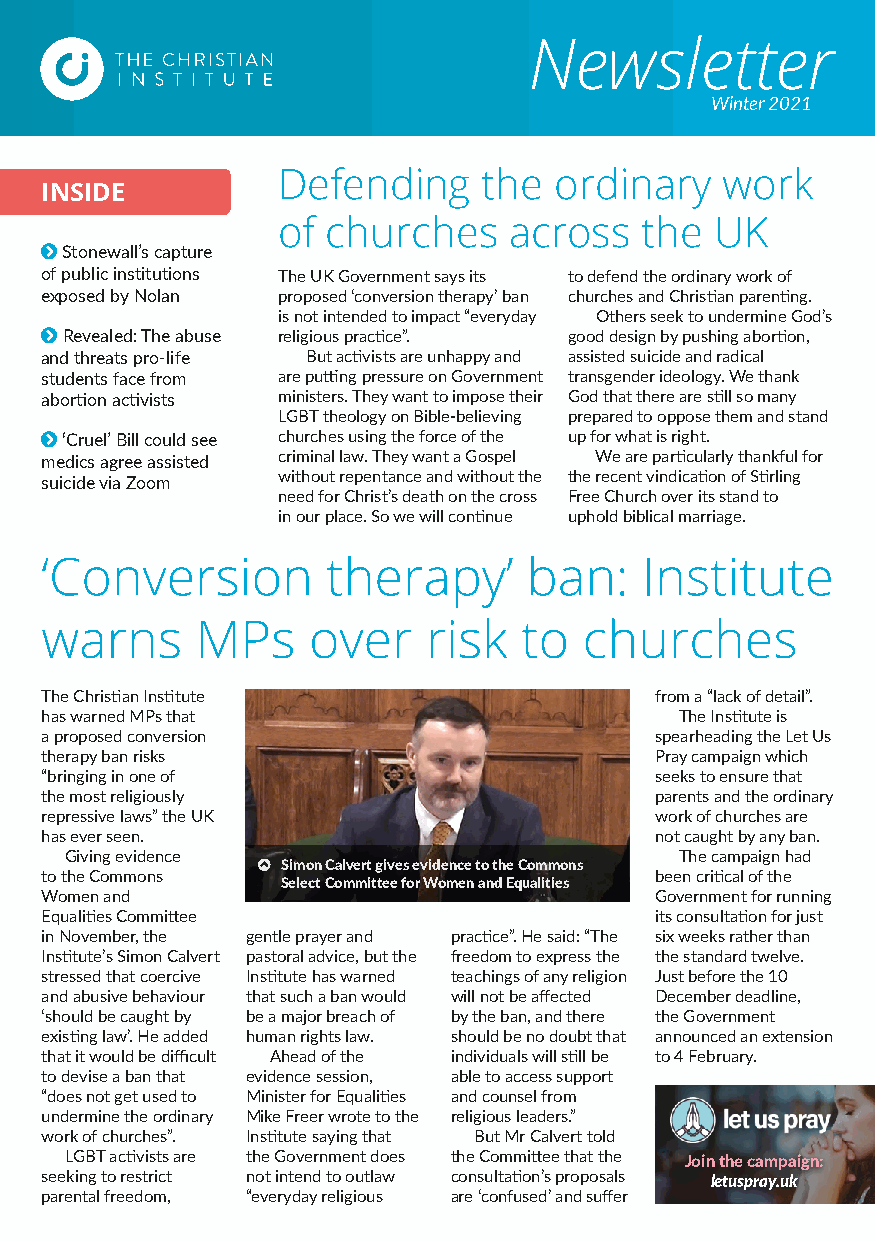
NNeewwsslleetttteerr
 SuWminmteerr 22002211
 Defending     the  ordinary   work
 INSIDE
 of  churches    across  the  UK
  Stonewall’s capture
 of public institutions The UK Government says its to defend the ordinary work of
 exposed by Nolan proposed ‘conversion therapy’ ban churches and Christian parenting.
 is not intended to impact “everyday Others seek to undermine God’s
  Revealed: The abuse religious practice”. good design by pushing abortion,
 and threats pro-life But activists are unhappy and assisted suicide and radical
 students face from are putting pressure on Government transgender ideology. We thank
 abortion activists ministers. They want to impose their God that there are still so many
 LGBT theology on Bible-believing prepared to oppose them and stand
  ‘Cruel’ Bill could see churches using the force of the up for what is right.
 medics agree assisted criminal law. They want a Gospel We are particularly thankful for
 without repentance and without the the recent vindication of Stirling
 suicide via Zoom
 need for Christ’s death on the cross Free Church over its stand to
 in our place. So we will continue uphold biblical marriage.
 ‘Conversion        therapy’     ban:   Institute
 warns     MPs    over    risk  to   churches
 The Christian Institute                 from a “lack of detail”.
 has warned MPs that                       The Institute is
 a proposed conversion                   spearheading the Let Us
 therapy ban risks                       Pray campaign which
 “bringing in one of                     seeks to ensure that
 the most religiously                    parents and the ordinary
 repressive laws” the UK                 work of churches are
 has ever seen.                          not caught by any ban.
 Giving evidence                          The campaign had
  Simon Calvert gives evidence to the Commons
 to the Commons                          been critical of the
 Select Committee for Women and Equalities
 Women and                               Government for running
 Equalities Committee                    its consultation for just
 in November, the gentle prayer and practice”. He said: “The six weeks rather than
 Institute’s Simon Calvert pastoral advice, but the freedom to express the the standard twelve.
 stressed that coercive Institute has warned teachings of any religion Just before the 10
 and abusive behaviour that such a ban would will not be affected December deadline,
 ‘should be caught by be a major breach of by the ban, and there the Government
 existing law’. He added human rights law. should be no doubt that announced an extension
 that it would be difficult Ahead of the individuals will still be to 4 February.
 to devise a ban that evidence session, able to access support
 “does not get used to Minister for Equalities and counsel from
 undermine the ordinary Mike Freer wrote to the religious leaders.”
 work of churches”. Institute saying that But Mr Calvert told
 LGBT activists are the Government does the Committee that the Join the campaign:
 seeking to restrict not intend to outlaw consultation’s proposals letuspray.uk
 parental freedom, “everyday religious are ‘confused’ and suffer